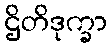
ဌိတိဒုက္ခာ